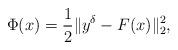
LaTeX: \begin{align*} \Phi(x)=\frac{1}{2}\| y^\delta-F(x)\|_2^2,\end{align*}